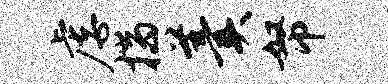
虐揣羹帑